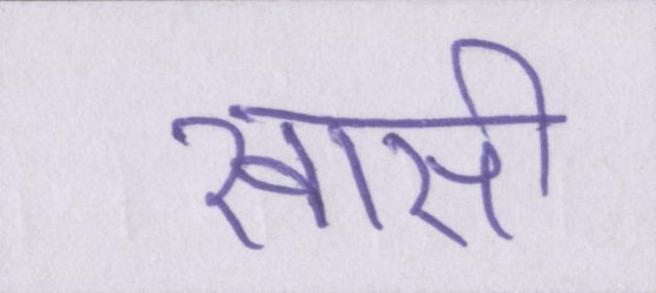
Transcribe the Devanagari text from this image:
खासी